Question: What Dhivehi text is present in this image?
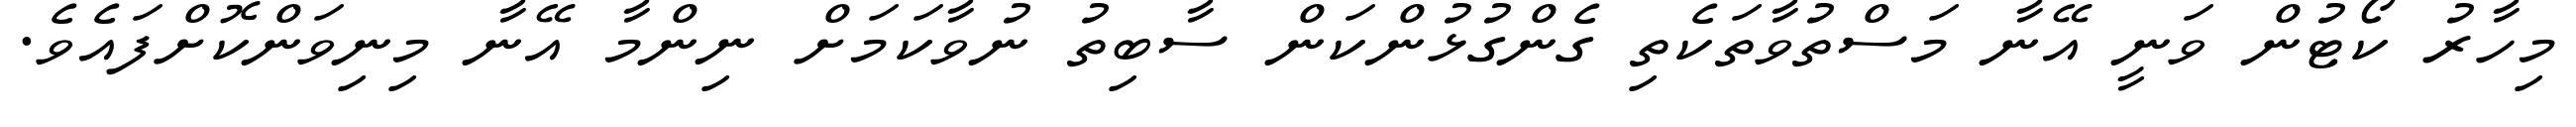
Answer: މިހާރު ކޯޓުން ވަނީ އޭނާ މަސްތުވާތަކެތި ގެންގުޅުންކަން ސާބިތު ނުވާކަމަށް ނިންމާ އޭނާ މިނިވަންކޮށްފައެވެ.